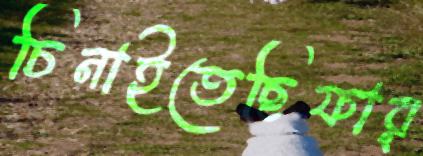
চিনাইতেছিফার্